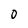
Character: 0